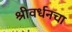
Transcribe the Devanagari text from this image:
श्रीवर्धनचा